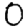
Digit: 0